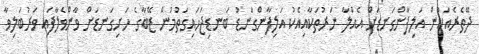
ދޭތެރެއަކުން އަލިފާންގަނޑަށް އެއްލާ ނަރުތަކާއިއެކު އަލިފާންގަނޑު ބަނޑިޖަހައިގަތުމުން ޒޭބާގެ ހަށިގަނޑަށް ވާންވެލާފައި ވަރުބަލިވާ